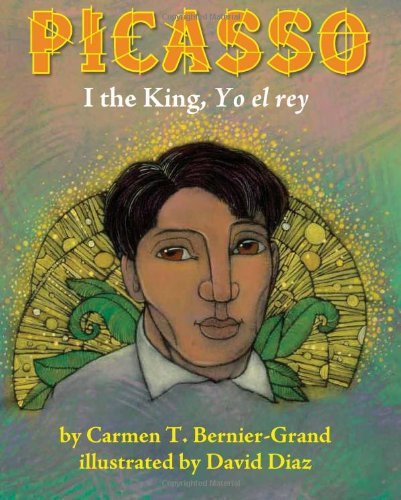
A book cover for Picasso:  I the King, Yo el rey; Carmen T. Bernier-Grand; Teen & Young Adult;